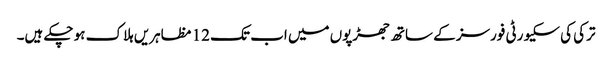
ترکی کی سکیورٹی فورسز کے ساتھ جھڑپوں میں اب تک 12 مظاہریں ہلاک ہو چکے ہیں۔